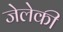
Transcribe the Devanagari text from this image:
जेलेकी